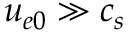
u _ { e 0 } \gg c _ { s }